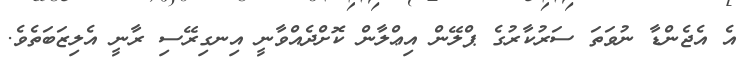
އެ އެޖެންޑާ ނުވަތަ ސަރުކާރުގެ ޕްލޭން އިޢްލާން ކޮށްދެއްވާނީ އިނގިރޭސި ރާނީ އެލިޒަބަތެވެ.